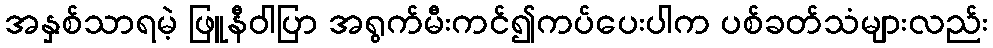
အနှစ်သာရမဲ့ ဖြူနီဝါပြာ အရွက်မီးကင်၍ကပ်ပေးပါက ပစ်ခတ်သံများလည်း